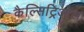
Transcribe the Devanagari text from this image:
कैल्सिट्रिओल